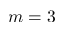
m = 3